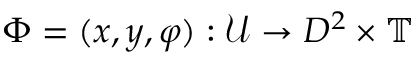
\Phi = ( x , y , \varphi ) : \mathcal { U } \to D ^ { 2 } \times \mathbb { T }